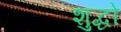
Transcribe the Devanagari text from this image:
शुद्धो